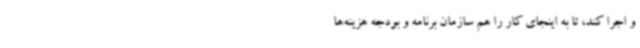
و اجرا کند، تا به اینجای کار را هم سازمان برنامه و بودجه هزینه‌ها